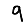
Digit: 9